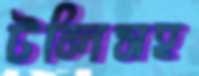
টলিসহ